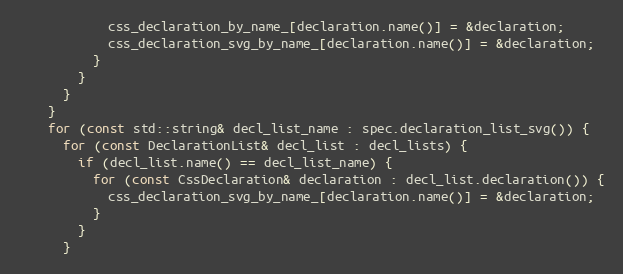
Language: C++
            css_declaration_by_name_[declaration.name()] = &declaration;
            css_declaration_svg_by_name_[declaration.name()] = &declaration;
          }
        }
      }
    }
    for (const std::string& decl_list_name : spec.declaration_list_svg()) {
      for (const DeclarationList& decl_list : decl_lists) {
        if (decl_list.name() == decl_list_name) {
          for (const CssDeclaration& declaration : decl_list.declaration()) {
            css_declaration_svg_by_name_[declaration.name()] = &declaration;
          }
        }
      }